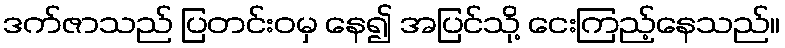
ဒက်ဇာသည် ပြတင်းဝမှ နေ၍ အပြင်သို့ ငေးကြည့်နေသည်။